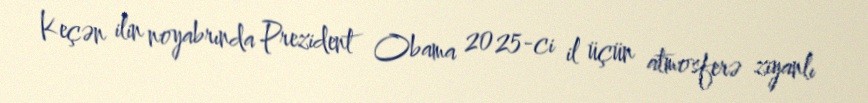
Keçən ilin noyabrında Prezident Obama 2025-ci il üçün atmosferə ziyanlı